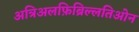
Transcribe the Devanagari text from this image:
अत्रिअलफ़िब्रिल्लतिओन